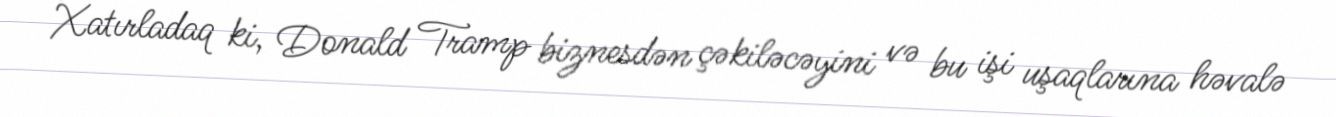
Xatırladaq ki, Donald Tramp biznesdən çəkiləcəyini və bu işi uşaqlarına həvalə